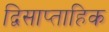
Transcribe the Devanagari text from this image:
द्विसाप्‍ताहिक